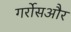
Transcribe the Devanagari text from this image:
गर्रोसऔर